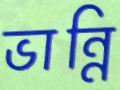
ভান্নি